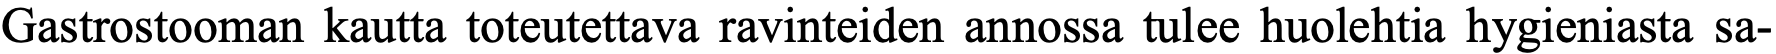
Gastrostooman kautta toteutettava ravinteiden annossa tulee huolehtia hygieniasta sa-